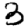
Digit: 3